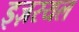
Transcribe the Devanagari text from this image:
इज़रयल